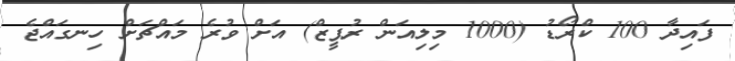
ފައިދާ 100 ކްރޯޑު (1000 މިލިއަން ރުޕީޒް) އަށް ވުރެ މައްޗަށް ހިނގައްޖެ